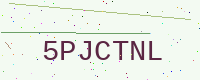
Text: 5PJCTNL